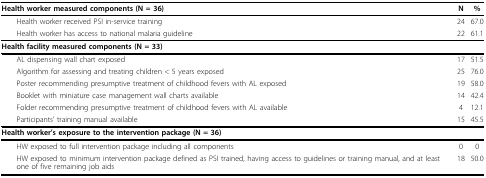
<table><thead><tr><td><b>Health worker measured components (N = 36)</b></td><td><b>N</b></td><td><b>%</b></td></tr></thead><tbody><tr><td> Health worker received PSI in-service training</td><td>24</td><td>67.0</td></tr><tr><td> Health worker has access to national malaria guideline</td><td>22</td><td>61.1</td></tr><tr><td><b>Health facility measured components (N = 33)</b></td><td></td><td></td></tr><tr><td> AL dispensing wall chart exposed</td><td>17</td><td>51.5</td></tr><tr><td> Algorithm for assessing and treating children &lt; 5 years exposed</td><td>25</td><td>76.0</td></tr><tr><td> Poster recommending presumptive treatment of childhood fevers with AL exposed</td><td>19</td><td>58.0</td></tr><tr><td> Booklet with miniature case management wall charts available</td><td>14</td><td>42.4</td></tr><tr><td> Folder recommending presumptive treatment of childhood fevers with AL available</td><td>4</td><td>12.1</td></tr><tr><td> Participants&#x27; training manual available</td><td>15</td><td>45.5</td></tr><tr><td><b>Health worker&#x27;s exposure to the intervention package (N = 36)</b></td><td></td><td></td></tr><tr><td> HW exposed to full intervention package including all components</td><td>0</td><td>0</td></tr><tr><td> HW exposed to minimum intervention package defined as PSI trained, having access to guidelines or training manual, and at least one of five remaining job aids</td><td>18</td><td>50.0</td></tr></tbody></table>